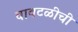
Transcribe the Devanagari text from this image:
वावटळीची